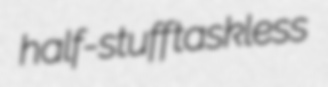
half-stuff taskless